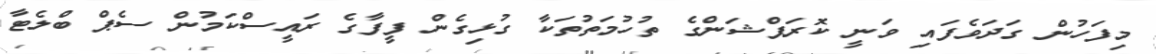
މިފަހުން ގަދަވެފައި ވަނީ ކޮރަޕްޝަންގެ ތުހުމަތުތަކާ ގުޅިގެން ފީފާގެ ރައީސްކަމުން ސެޕް ބްލެޓާ